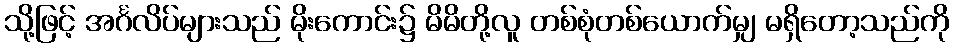
သို့ဖြင့် အင်္ဂလိပ်များသည် မိုးကောင်း၌ မိမိတို့လူ တစ်စုံတစ်ယောက်မျှ မရှိတော့သည်ကို